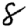
Digit: 8